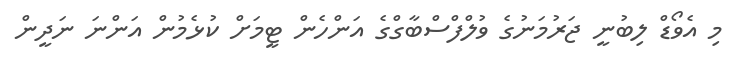
މި އެވޯޑް ލިބުނީ ޖަރުމަނުގެ ވުލްފްސްބާގްގެ އަންހެން ޓީމަށް ކުޅެމުން އަންނަ ނަދީން